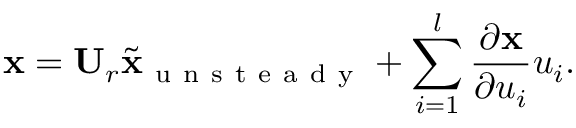
\mathbf { x } = \mathbf { U } _ { r } \tilde { \mathbf { x } } _ { \mathrm { ~ u ~ n ~ s ~ t ~ e ~ a ~ d ~ y ~ } } + \sum _ { i = 1 } ^ { l } \frac { \partial \mathbf { x } } { \partial u _ { i } } u _ { i } .